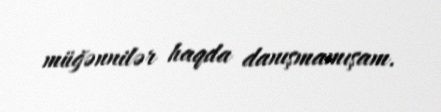
müğənnilər haqda danışmamışam.